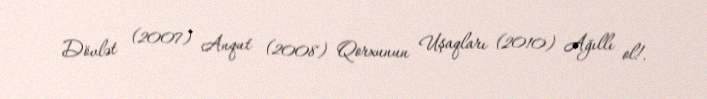
Dövlət (2007) Anqut (2008) Qorxunun Uşaqları (2010) Ağıllı ol!.